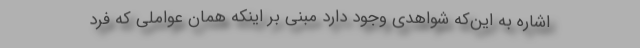
اشاره به این‌که شواهدی وجود دارد مبنی بر اینکه همان عواملی که فرد